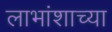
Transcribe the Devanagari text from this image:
लाभांशाच्या